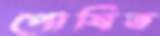
পোষিত